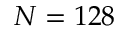
N = 1 2 8